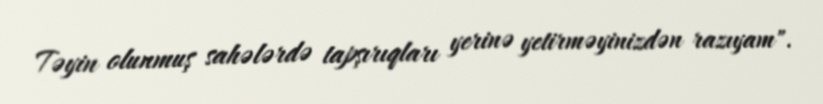
Təyin olunmuş sahələrdə tapşırıqları yerinə yetirməyinizdən razıyam".